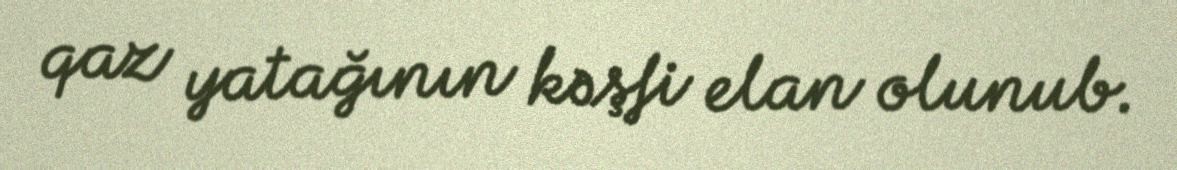
qaz yatağının kəşfi elan olunub.